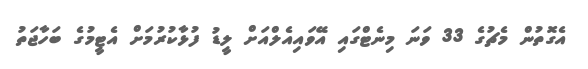
އެގޮތުން މެޗުގެ 33 ވަނަ މިނެޓްގައި އޭވައިއެލްއަށް ލީޑު ފުޅާކުރުމަށް އެޓީމުގެ ބަހާޖަތު